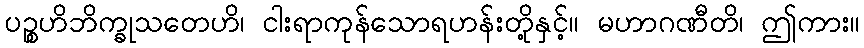
ပဉ္စဟိဘိက္ခုသတေဟိ၊ ငါးရာကုန်သောရဟန်းတို့နှင့်။ မဟာဂဏီတိ၊ ဤကား။